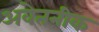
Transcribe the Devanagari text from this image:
अवेतनीक